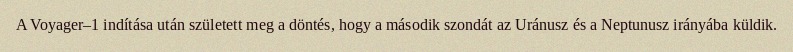
A Voyager–1 indítása után született meg a döntés, hogy a második szondát az Uránusz és a Neptunusz irányába küldik.